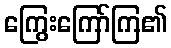
ကြွေးကြော်ကြ၏